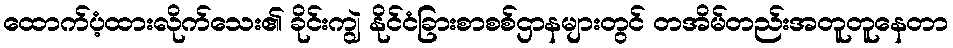
ထောက်ပံ့ထားလိုက်သေး၏ ခိုင်းကျွဲ နိုင်ငံခြားစာစစ်ဌာနများတွင် တအိမ်တည်းအတူတူနေတာ